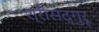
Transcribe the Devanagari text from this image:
श्रीसद्गुरू